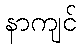
နာကျင်